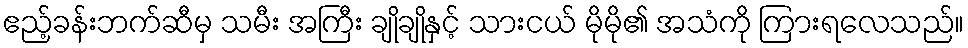
ဧည့်ခန်းဘက်ဆီမှ သမီး အကြီး ချိုချိုနှင့် သားငယ် မိုမို၏ အသံကို ကြားရလေသည်။